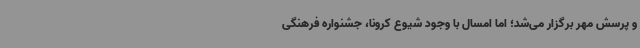
و پرسش مهر برگزار می‌شد؛ اما امسال با وجود شیوع کرونا، جشنواره فرهنگی